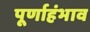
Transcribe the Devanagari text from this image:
पूर्णाहंभाव